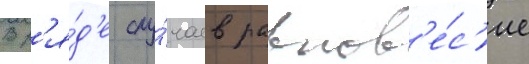
В р'я́д'е слу́чаев равнов'е́с'ие